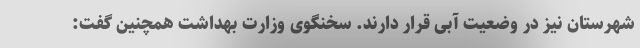
شهرستان نیز در وضعیت آبی قرار دارند. سخنگوی وزارت بهداشت همچنین گفت: